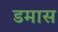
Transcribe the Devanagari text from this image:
डमास